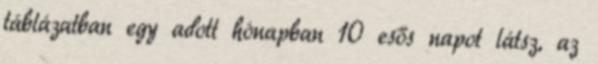
táblázatban egy adott hónapban 10 esős napot látsz, az